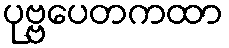
ပုဗ္ဗပေတကထာ